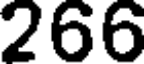
266